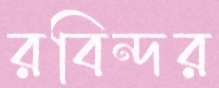
রবিন্দর